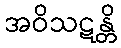
အဝိသဋန္တိ